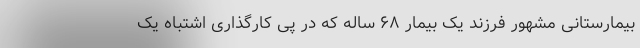
بیمارستانی مشهور فرزند یک بیمار ۶۸ ساله که در پی کارگذاری اشتباه یک